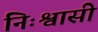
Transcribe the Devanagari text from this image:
निःश्वासी